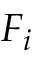
F _ { i }